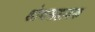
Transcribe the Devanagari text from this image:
शोथसहायक